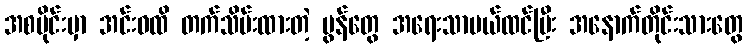
အစပိုင်းမှာ အင်းဝထိ တက်သိမ်းထားတဲ့ မွန်တွေ အရေးသာမယ်ထင်ပြီး အနောက်တိုင်းသားတွေ